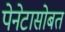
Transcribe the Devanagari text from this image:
पेनेटासोबत